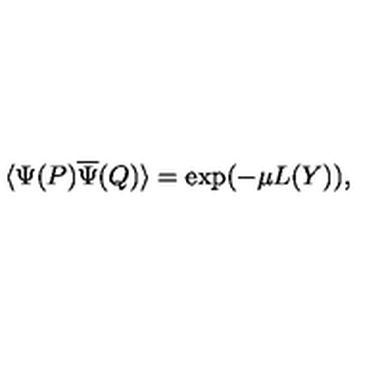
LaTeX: \langle { \Psi } ( P ) \overline { { \Psi } } ( Q ) \rangle = \exp ( - \mu L ( Y ) ) ,